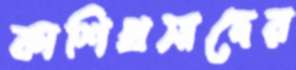
কাশিপ্রসাদের